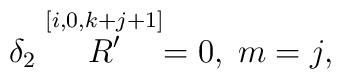
\delta _{2}\stackrel{[i,0,k+j+1]}{R^{\prime }}=0,\;m=j,